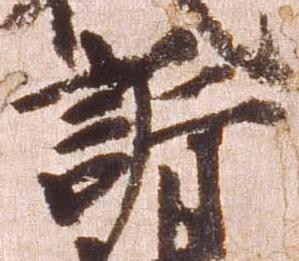
訴